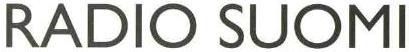
RADIO SUOMI